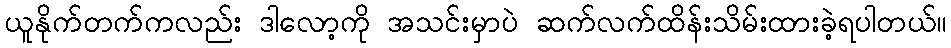
ယူနိုက်တက်ကလည်း ဒါလော့ကို အသင်းမှာပဲ ဆက်လက်ထိန်းသိမ်းထားခဲ့ရပါတယ်။